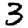
Digit: 3